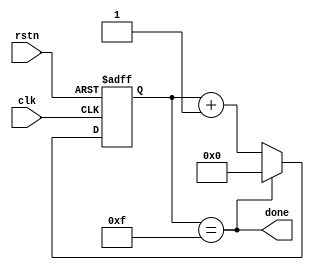
module timer #(parameter DELAY = 16) (
    input clk, rstn,
    output done
);
    localparam BITS = $clog2(DELAY);

    reg [BITS - 1 : 0] Q_next, Q_reg;

    always @(*) begin
        if (done)
            Q_next = 0;
        else
            Q_next = Q_reg + 1;
    end

    always @(posedge clk, negedge rstn) begin
        if (!rstn)
            Q_reg <= 0;
        else
            Q_reg <= Q_next;
    end

    assign done = (Q_reg == (DELAY - 1));
endmodule